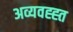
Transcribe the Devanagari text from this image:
अव्यवह्ह्त